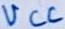
Text: VCC